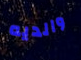
والديه